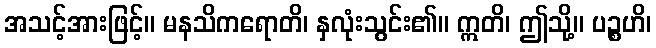
အသင့်အားဖြင့်။ မနသိကရောတိ၊ နှလုံးသွင်း၏။ ဣတိ၊ ဤသို့။ ပဉ္စဟိ၊